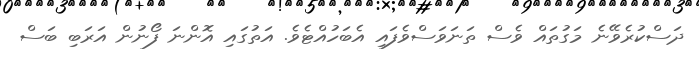
ދަސްކުރެވޭނެ މަގުތައް ވެސް ތަނަވަސްވެފައި އެބަހުއްޓެވެ. އަތުގައި އޮންނަ ފޯނުން އަރަބި ބަސް